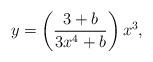
LaTeX: \begin{align*}y =\left(\frac{3+b}{3x^4+b}\right)x^3, \end{align*}